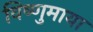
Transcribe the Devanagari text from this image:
विष्णुमाया